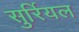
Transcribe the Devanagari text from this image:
सुर्रियल